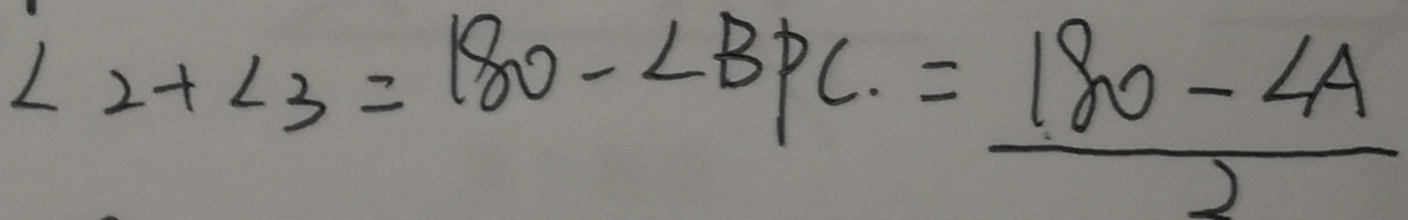
\angle 2 + \angle 3 = 1 8 0 - \angle B P C . = \frac { 1 8 0 - \angle A } { 2 }